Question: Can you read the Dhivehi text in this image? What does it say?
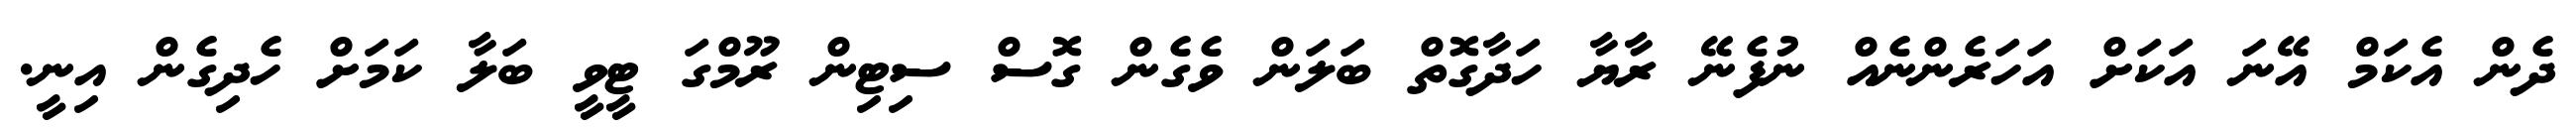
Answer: ދެން އެކަމް އޭނަ އަކަށް އަހަރެންނެއް ނުފެނޭ ރާޔާ ހަދާގޮތް ބަލަން ވެގެން ގޮސް ސިޓިން ރޫމްގަ ޓީވީ ބަލާ ކަމަށް ހެދިގެން އިނީ.